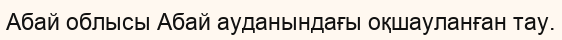
Абай облысы Абай ауданындағы оқшауланған тау.